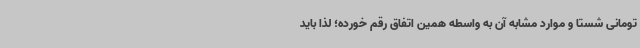
تومانی شستا و موارد مشابه آن به واسطه همین اتفاق رقم خورده؛ لذا باید